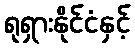
ရုရှားနိုင်ငံနှင့်